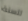
للسنة